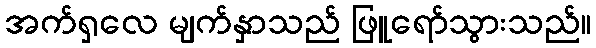
အက်ရှလေ မျက်နှာသည် ဖြူရော်သွားသည်။